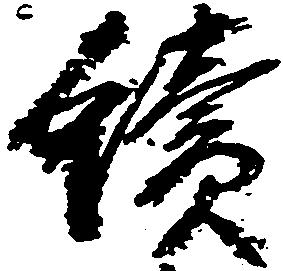
続